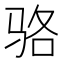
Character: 骆